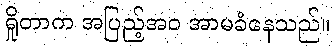
ရှိုတာက အပြည့်အဝ အာမခံနေသည်။